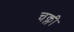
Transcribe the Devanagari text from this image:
चक्ली